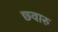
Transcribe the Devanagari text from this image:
छ्वारु